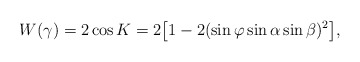
\begin{align*}W(\gamma)=2\cos K=2\bigl[1-2(\sin\varphi\sin\alpha\sin\beta)^2\bigl],\end{align*}